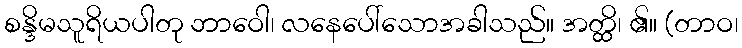
စန္ဒိမသူရိယပါတု ဘာဝေါ၊ လနေပေါ်သောအခါသည်။ အတ္ထိ၊ ၏။ (တာဝ၊